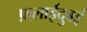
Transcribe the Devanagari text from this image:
फ़्लाईदुबई